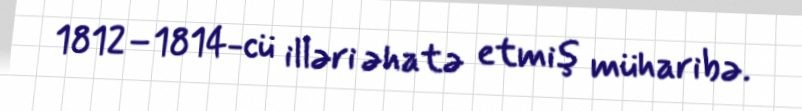
1812–1814-cü illəri əhatə etmiş müharibə.